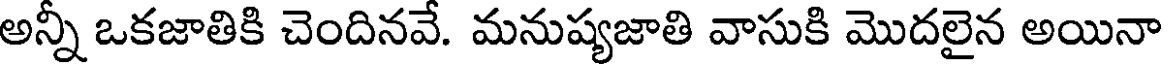
అన్నీ ఒకజాతికి చెందినవే. మనుష్యజాతి వాసుకి మొదలైన అయినా